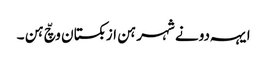
ایہہ دونے شہر ہن ازبکستان وچّ ہن ۔